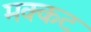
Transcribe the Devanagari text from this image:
मक्कट